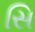
સિ